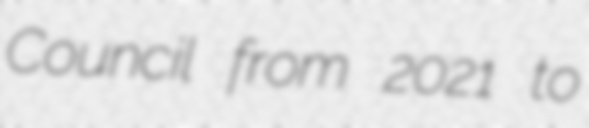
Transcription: Council from 2021 to